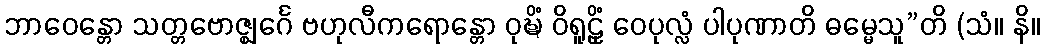
ဘာဝေန္တော သတ္တဗောဇ္ဈင်္ဂေ ဗဟုလီကရောန္တော ဝုဍ္ဎိံ ဝိရူဠှိံ ဝေပုလ္လံ ပါပုဏာတိ ဓမ္မေသူ”တိ (သံ။ နိ။